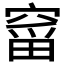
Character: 𮄋